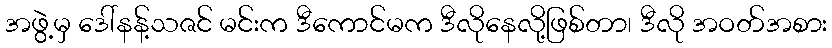
အဖွဲ့မှ ဒေါ်နန့်သဇင် မင်းက ဒီကောင်မက ဒီလိုနေလို့ဖြစ်တာ၊ ဒီလို အဝတ်အစား